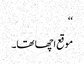
‘‘
موقع اچھا تھا۔